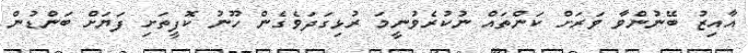
އާއިޒު ބޭނުންވާ ވަރަށް ކަންތައް ނުކުރެވުނީމަ ރުޅިގަދަވެގެން ހޫނު ކޮފީތަށި ފަޔަށް ބަންޑުން